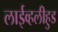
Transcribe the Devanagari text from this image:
लाईव्हलीहुड